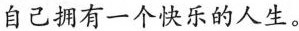
自己拥有一个快乐的人生。